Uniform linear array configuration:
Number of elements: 32
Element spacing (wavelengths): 0.5
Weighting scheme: hamming
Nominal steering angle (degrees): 0
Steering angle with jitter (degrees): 1.73
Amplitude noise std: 0.05
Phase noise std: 0.05

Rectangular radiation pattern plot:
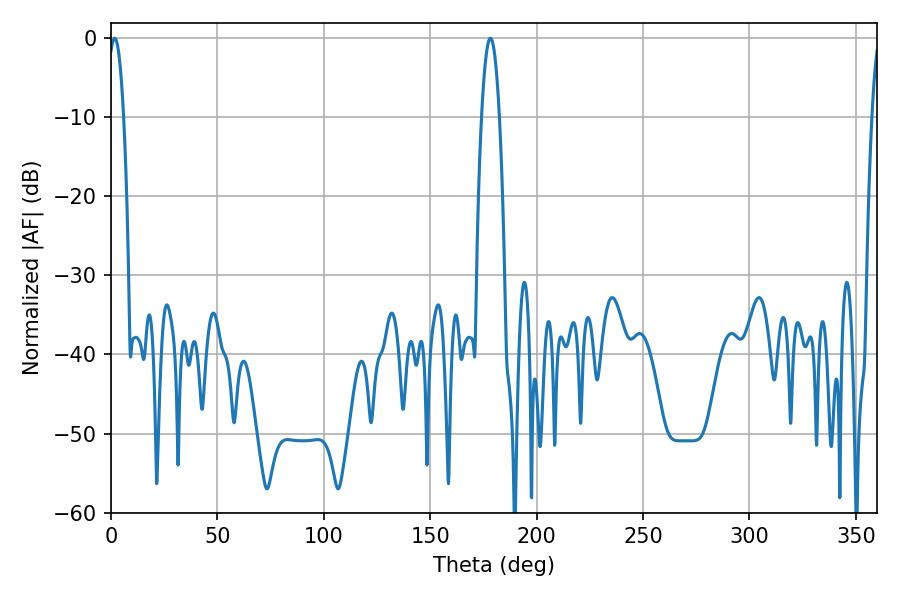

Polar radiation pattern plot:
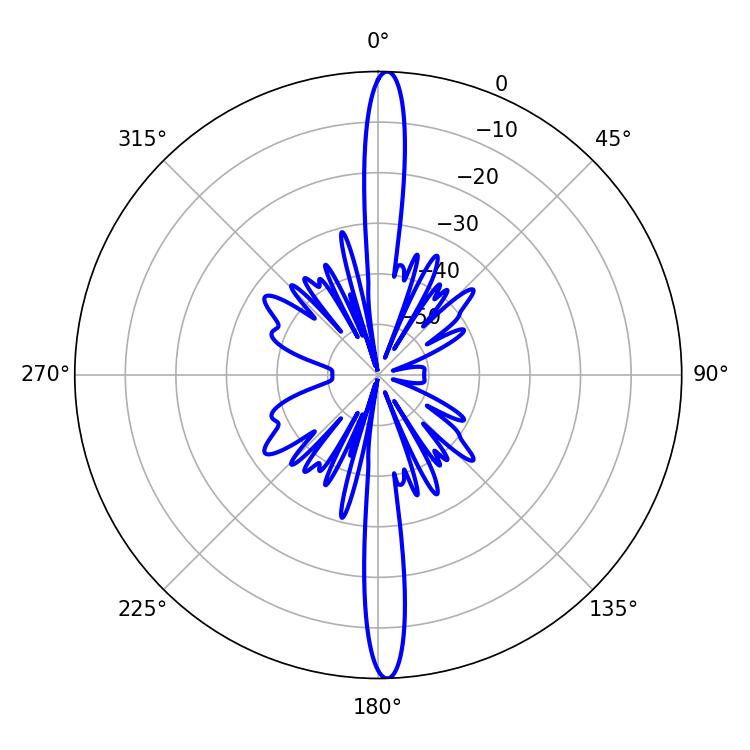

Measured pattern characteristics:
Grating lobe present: FALSE
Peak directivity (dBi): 25.963
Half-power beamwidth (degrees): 4.5
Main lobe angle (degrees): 178.2